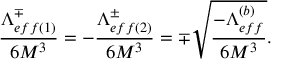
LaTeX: \frac { \Lambda _ { e f f ( 1 ) } ^ { \mp } } { 6 M ^ { 3 } } = - \frac { \Lambda _ { e f f ( 2 ) } ^ { \pm } } { 6 M ^ { 3 } } = \mp \sqrt { \frac { - \Lambda _ { e f f } ^ { ( b ) } } { 6 M ^ { 3 } } } .